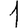
Digit: 1